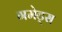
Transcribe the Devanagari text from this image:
गमेट्स